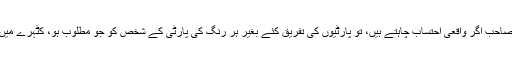
وریراعظم صاحب اگر واقعی احتساب چاہتے ہیں، تو پارٹیوں کی تفریق کئے بغیر ہر رنگ کی پارٹی کے شخص کو جو مطلوب ہو، کٹہرے میں لایا جائے۔